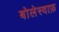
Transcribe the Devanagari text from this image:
बोलेस्वाफ़